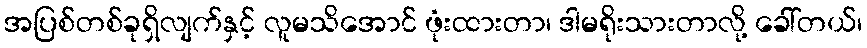
အပြစ်တစ်ခုရှိလျက်နှင့် လူမသိအောင် ဖုံးထားတာ၊ ဒါမရိုးသားတာလို့ ခေါ်တယ်၊